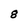
Character: 8